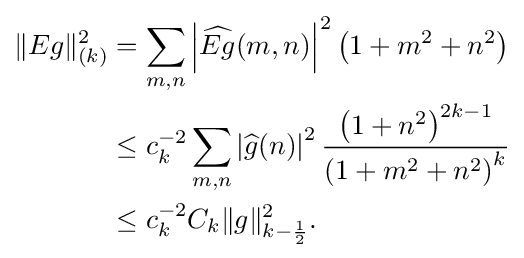
{\begin{aligned}\|Eg\|_{(k)}^{2}&=\sum _{m,n}\left|{\widehat {Eg}}(m,n)\right|^{2}\left(1+m^{2}+n^{2}\right)\\&\leq c_{k}^{-2}\sum _{m,n}\left|{\widehat {g}}(n)\right|^{2}{\frac {\left(1+n^{2}\right)^{2k-1}}{\left(1+m^{2}+n^{2}\right)^{k}}}\\&\leq c_{k}^{-2}C_{k}\|g\|_{k-{\frac {1}{2}}}^{2}.\end{aligned}}